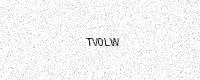
Text: TV0LW